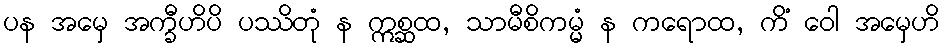
ပန အမှေ အက္ခီဟိပိ ပဿိတုံ န ဣစ္ဆထ, သာမီစိကမ္မံ န ကရောထ, ကိံ ဝေါ အမှေဟိ